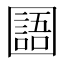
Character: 𡈰